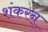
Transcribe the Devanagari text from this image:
शंकरन्